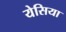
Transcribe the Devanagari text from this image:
येसिया